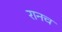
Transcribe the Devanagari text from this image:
रानच